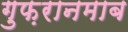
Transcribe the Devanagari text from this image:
गुफ़रानमाब